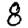
Digit: 8